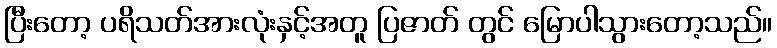
ပြီးတော့ ပရိသတ်အားလုံးနှင့်အတူ ပြဇာတ် တွင် မြောပါသွားတော့သည်။